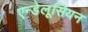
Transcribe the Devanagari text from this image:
एन्डेलूसियन